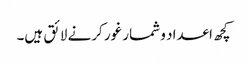
کچھ اعداد و شمار غور کرنے لائق ہیں۔